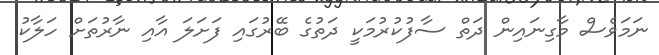
ނަމަވެސް މާގިނައިން ދަތް ސާފުކުރުމަކީ ދަތުގެ ބޭރުގައި ފަށަލަ އާއި ނާރުތަށް ހަލާކު